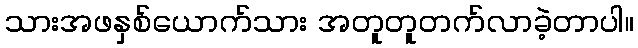
သားအဖနှစ်ယောက်သား အတူတူတက်လာခဲ့တာပါ။